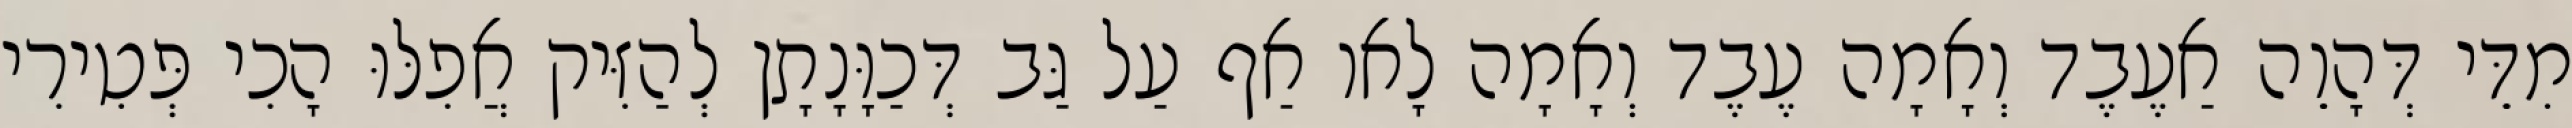
מִדֵּי דְּהָוֵה אַעֶבֶד וְאָמָה עֶבֶד וְאָמָה לָאו אַף עַל גַּב דְּכַוָּנָתָן לְהַזִּיק אֲפִלּוּ הָכִי פְּטִירִי